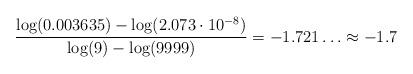
LaTeX: \begin{align*}\frac{\log(0.003635) - \log(2.073\cdot 10^{-8})}{\log(9) - \log(9999)} = -1.721\ldots \approx -1.7\end{align*}